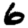
Digit: 6